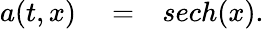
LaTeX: \begin{array}{rlr}{a(t,x)}&{{}=}&{sech(x).}\end{array}